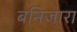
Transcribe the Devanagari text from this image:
बनिजारा